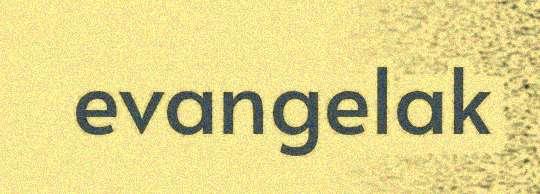
evangelak